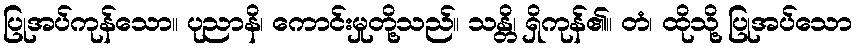
ပြုအပ်ကုန်သော။ ပုညာနိ၊ ကောင်းမှုတို့သည်။ သန္တိ၊ ရှိကုန်၏။ တံ၊ ထိုသို့ ပြုအပ်သော